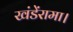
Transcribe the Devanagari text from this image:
खंडेंरामा।